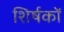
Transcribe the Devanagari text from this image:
शिर्षकों